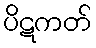
ပိဋကတ်